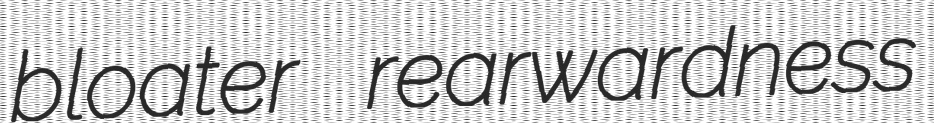
bloater rearwardness